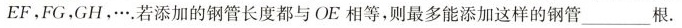
EF，FG，GH，…若添加的钢管长度都与OE相等，则最多能添加这样的钢管____根。